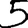
Digit: 5